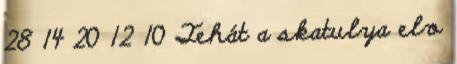
28 14 20 12 10 Tehát a skatulya elv